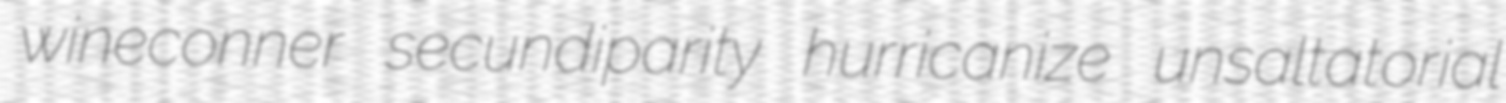
wineconner secundiparity hurricanize unsaltatorial